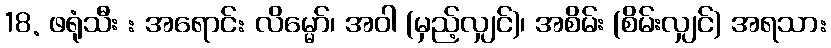
18. ဖရုံသီး : အရောင်: လိမ္မော်၊ အဝါ (မှည့်လျှင်)၊ အစိမ်း (စိမ်းလျှင်) အရသာ: